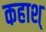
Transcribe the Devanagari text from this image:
कहाश्